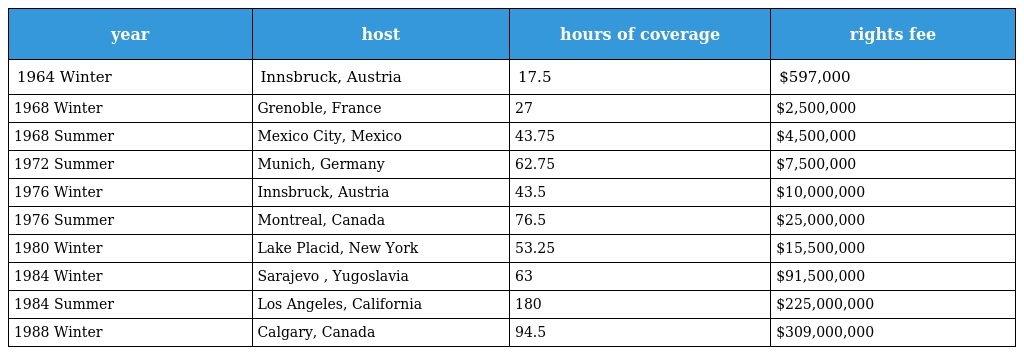
| year | host | hours of coverage | rights fee |
 | --- | --- | --- | --- |
 | 1964 Winter | Innsbruck, Austria | 17.5 | $597,000 |
 | 1968 Winter | Grenoble, France | 27 | $2,500,000 |
 | 1968 Summer | Mexico City, Mexico | 43.75 | $4,500,000 |
 | 1972 Summer | Munich, Germany | 62.75 | $7,500,000 |
 | 1976 Winter | Innsbruck, Austria | 43.5 | $10,000,000 |
 | 1976 Summer | Montreal, Canada | 76.5 | $25,000,000 |
 | 1980 Winter | Lake Placid, New York | 53.25 | $15,500,000 |
 | 1984 Winter | Sarajevo , Yugoslavia | 63 | $91,500,000 |
 | 1984 Summer | Los Angeles, California | 180 | $225,000,000 |
 | 1988 Winter | Calgary, Canada | 94.5 | $309,000,000 |